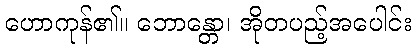
ဟောကုန်၏။ ဘောန္တော၊ အိုတပည့်အပေါင်း